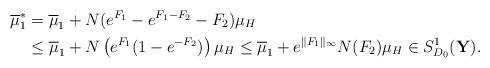
LaTeX: \begin{align*}\overline{\mu}_1^*&=\overline{\mu}_1+N(e^{F_1}-e^{F_1-F_2}-F_2)\mu_H\\&\leq \overline{\mu}_1+N\left(e^{F_1}(1-e^{-F_2})\right)\mu_H\leq \overline{\mu}_1+e^{\|F_1\|_{\infty}}N(F_2)\mu_H\in S_{D_0}^1({\bf Y}).\end{align*}